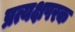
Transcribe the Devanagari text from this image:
प्रत्यक्षपरक